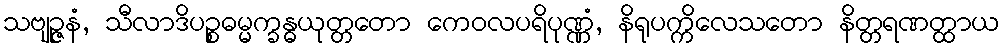
သဗျဉ္ဇနံ, သီလာဒိပဉ္စဓမ္မက္ခန္ဓယုတ္တတော ကေဝလပရိပုဏ္ဏံ, နိရုပက္ကိလေသတော နိတ္တရဏတ္ထာယ